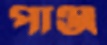
পাঞ্জ